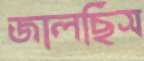
জালছিস